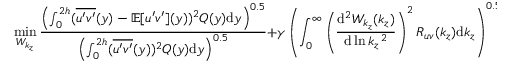
\operatorname* { m i n } _ { W _ { k _ { z } } } \frac { \left( \int _ { 0 } ^ { 2 h } ( \overline { { u ^ { \prime } v ^ { \prime } } } ( y ) - \mathbb { E } [ u ^ { \prime } v ^ { \prime } ] ( y ) ) ^ { 2 } Q ( y ) \mathrm { d } y \right) ^ { 0 . 5 } } { \left( \int _ { 0 } ^ { 2 h } ( \overline { { u ^ { \prime } v ^ { \prime } } } ( y ) ) ^ { 2 } Q ( y ) \mathrm { d } y \right) ^ { 0 . 5 } } + \gamma \left( \int _ { 0 } ^ { \infty } \left( \frac { \mathrm { d } ^ { 2 } W _ { k _ { z } } ( k _ { z } ) } { \mathrm { d } \ln k _ { z } \, ^ { 2 } } \right) ^ { 2 } R _ { u v } ( k _ { z } ) \mathrm { d } k _ { z } \right) ^ { 0 . 5 }